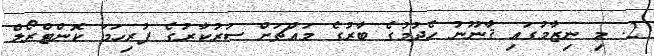
2. މި ނިޒާމުގައި ޤާނޫނު ހެދުމުގެ ބާރުގެ މައްޗަށް ސަރުކާރުގެ ފުރިހަމަ ކޮންޓްރޯލް